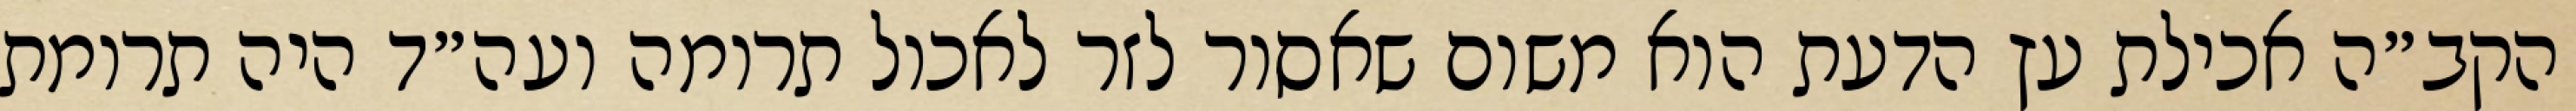
הקב״ה אכילת עץ הדעת הוא משום שאסור לזר לאכול תרומה ועה״ד היה תרומת